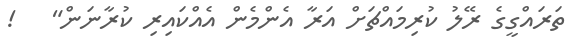
ތަރައްގީގެ ރޭލު ކުރިމައްޗަށް އަރާ އެންމެން އެއްކައިރި ކުރާނަން"   !